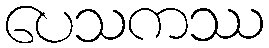
ပေသကဿ